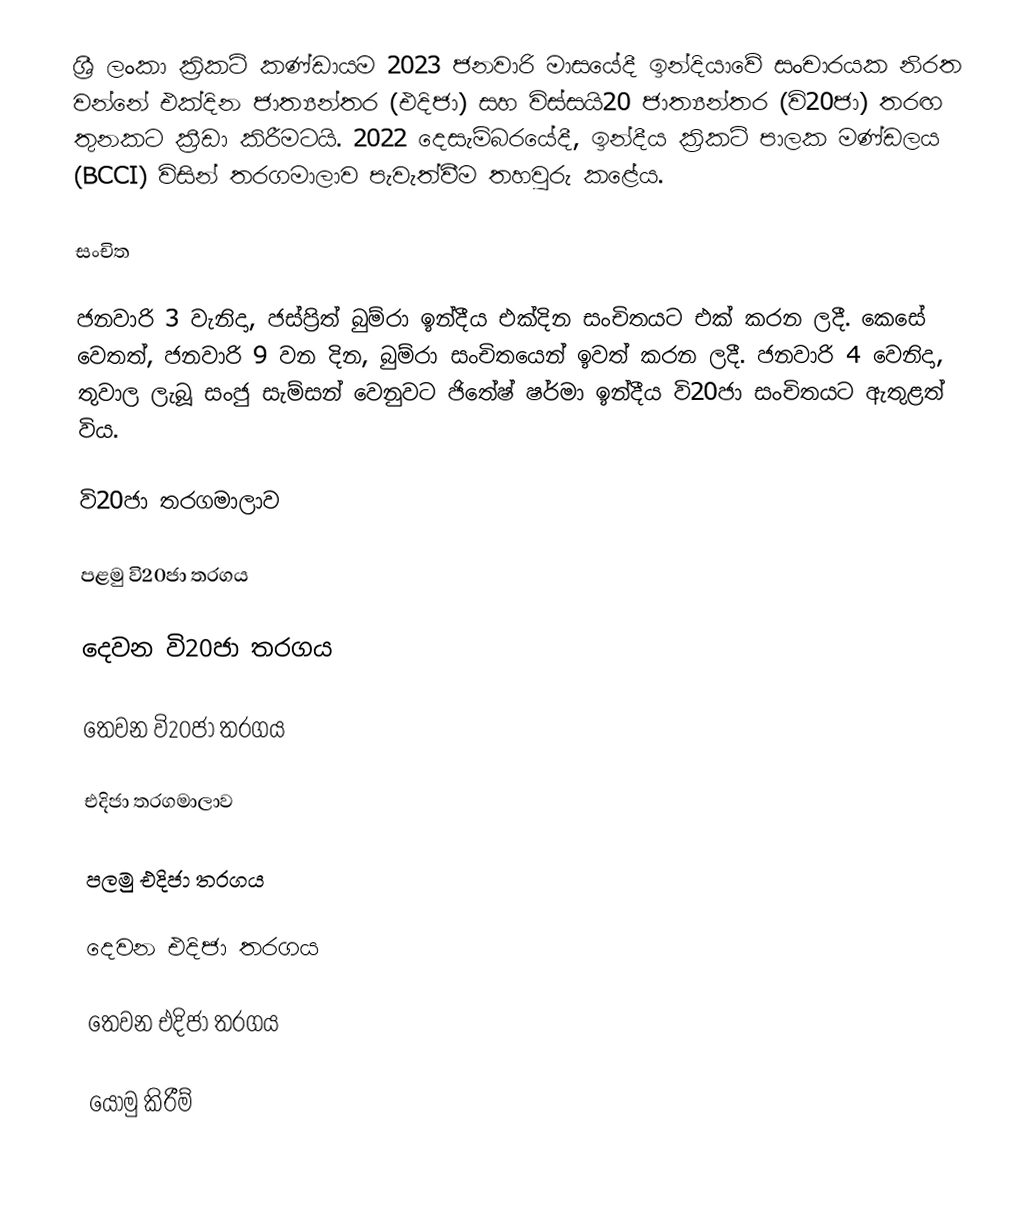
ශ්‍රී ලංකා ක්‍රිකට් කණ්ඩායම 2023 ජනවාරි මාසයේදී ඉන්දියාවේ සංචාරයක නිරත වන්නේ එක්දින ජාත්‍යන්තර (එදිජා) සහ විස්සයි20 ජාත්‍යන්තර (වි20ජා) තරඟ තුනකට ක්‍රීඩා කිරීමටයි. 2022 දෙසැම්බරයේදී, ඉන්දීය ක්‍රිකට් පාලක මණ්ඩලය (BCCI) විසින් තරගමාලාව පැවැත්වීම තහවුරු කළේය.

සංචිත

ජනවාරි 3 වැනිදා, ජස්ප්‍රිත් බුම්රා ඉන්දීය එක්දින සංචිතයට එක් කරන ලදී. කෙසේ වෙතත්, ජනවාරි 9 වන දින, බුම්රා සංචිතයෙන් ඉවත් කරන ලදී. ජනවාරි 4 වෙනිදා, තුවාල ලැබූ සංජු සැම්සන් වෙනුවට ජිතේෂ් ෂර්මා ඉන්දීය වි20ජා සංචිතයට ඇතුළත් විය.

වි20ජා තරගමාලාව

පළමු වි20ජා තරගය

දෙවන වි20ජා තරගය

තෙවන වි20ජා තරගය

එදිජා තරගමාලාව

පලමු එදිජා තරගය

දෙවන එදිජා තරගය

තෙවන එදිජා තරගය

යොමු කිරීම්